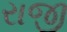
રાજી